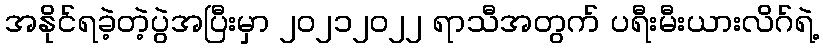
အနိုင်ရခဲ့တဲ့ပွဲအပြီးမှာ ၂၀၂၁၂၀၂၂ ရာသီအတွက် ပရီးမီးယားလိဂ်ရဲ့